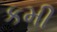
કમી